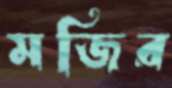
মজির